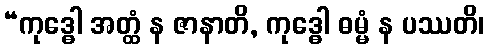
“ကုဒ္ဓေါ အတ္ထံ န ဇာနာတိ, ကုဒ္ဓေါ ဓမ္မံ န ပဿတိ၊